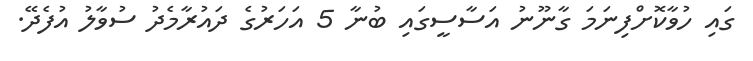
ގައި ހުވާކޮށްފިނަމަ ގާނޫނު އަސާސީގައި ބުނާ 5 އަހަރުގެ ދައުރާމެދު ސުވާލު އުފެދޭ.